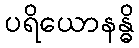
ပရိယောနန္ဓိ